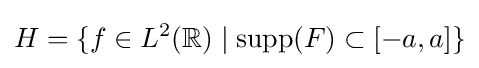
H=\{f\in L^{2}(\mathbb {R} )\mid \operatorname {supp} (F)\subset [-a,a]\}